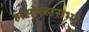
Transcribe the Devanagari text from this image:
हासोल्हासभरैः